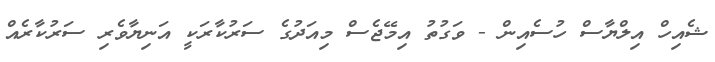
ޝެއިހް އިލްޔާސް ހުސެއިން - ވަގުތު އިމޭޖެސް މިއަދުގެ ސަރުކާރަކީ އަނިޔާވެރި ސަރުކާރެއް